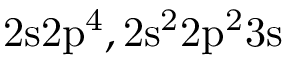
\mathrm { 2 s 2 p ^ { 4 } , 2 s ^ { 2 } 2 p ^ { 2 } 3 s }